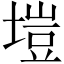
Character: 塏